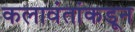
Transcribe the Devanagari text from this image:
कलावंतांकडून